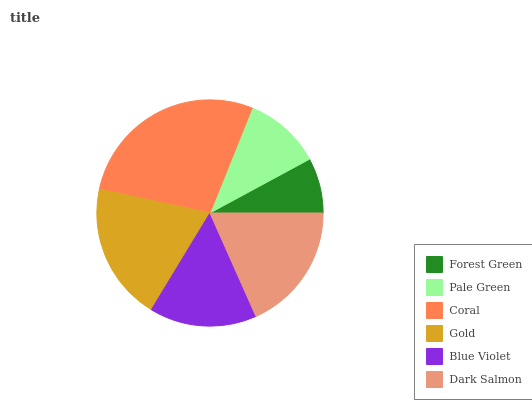
| Forest Green | Pale Green | Coral | Gold | Blue Violet | Dark Salmon |
 | --- | --- | --- | --- | --- | --- |
 | 7.89% | 11% | 27.7% | 19.7% | 15.3% | 18.3% |